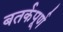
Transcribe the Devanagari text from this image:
बतर्कपूर्ण